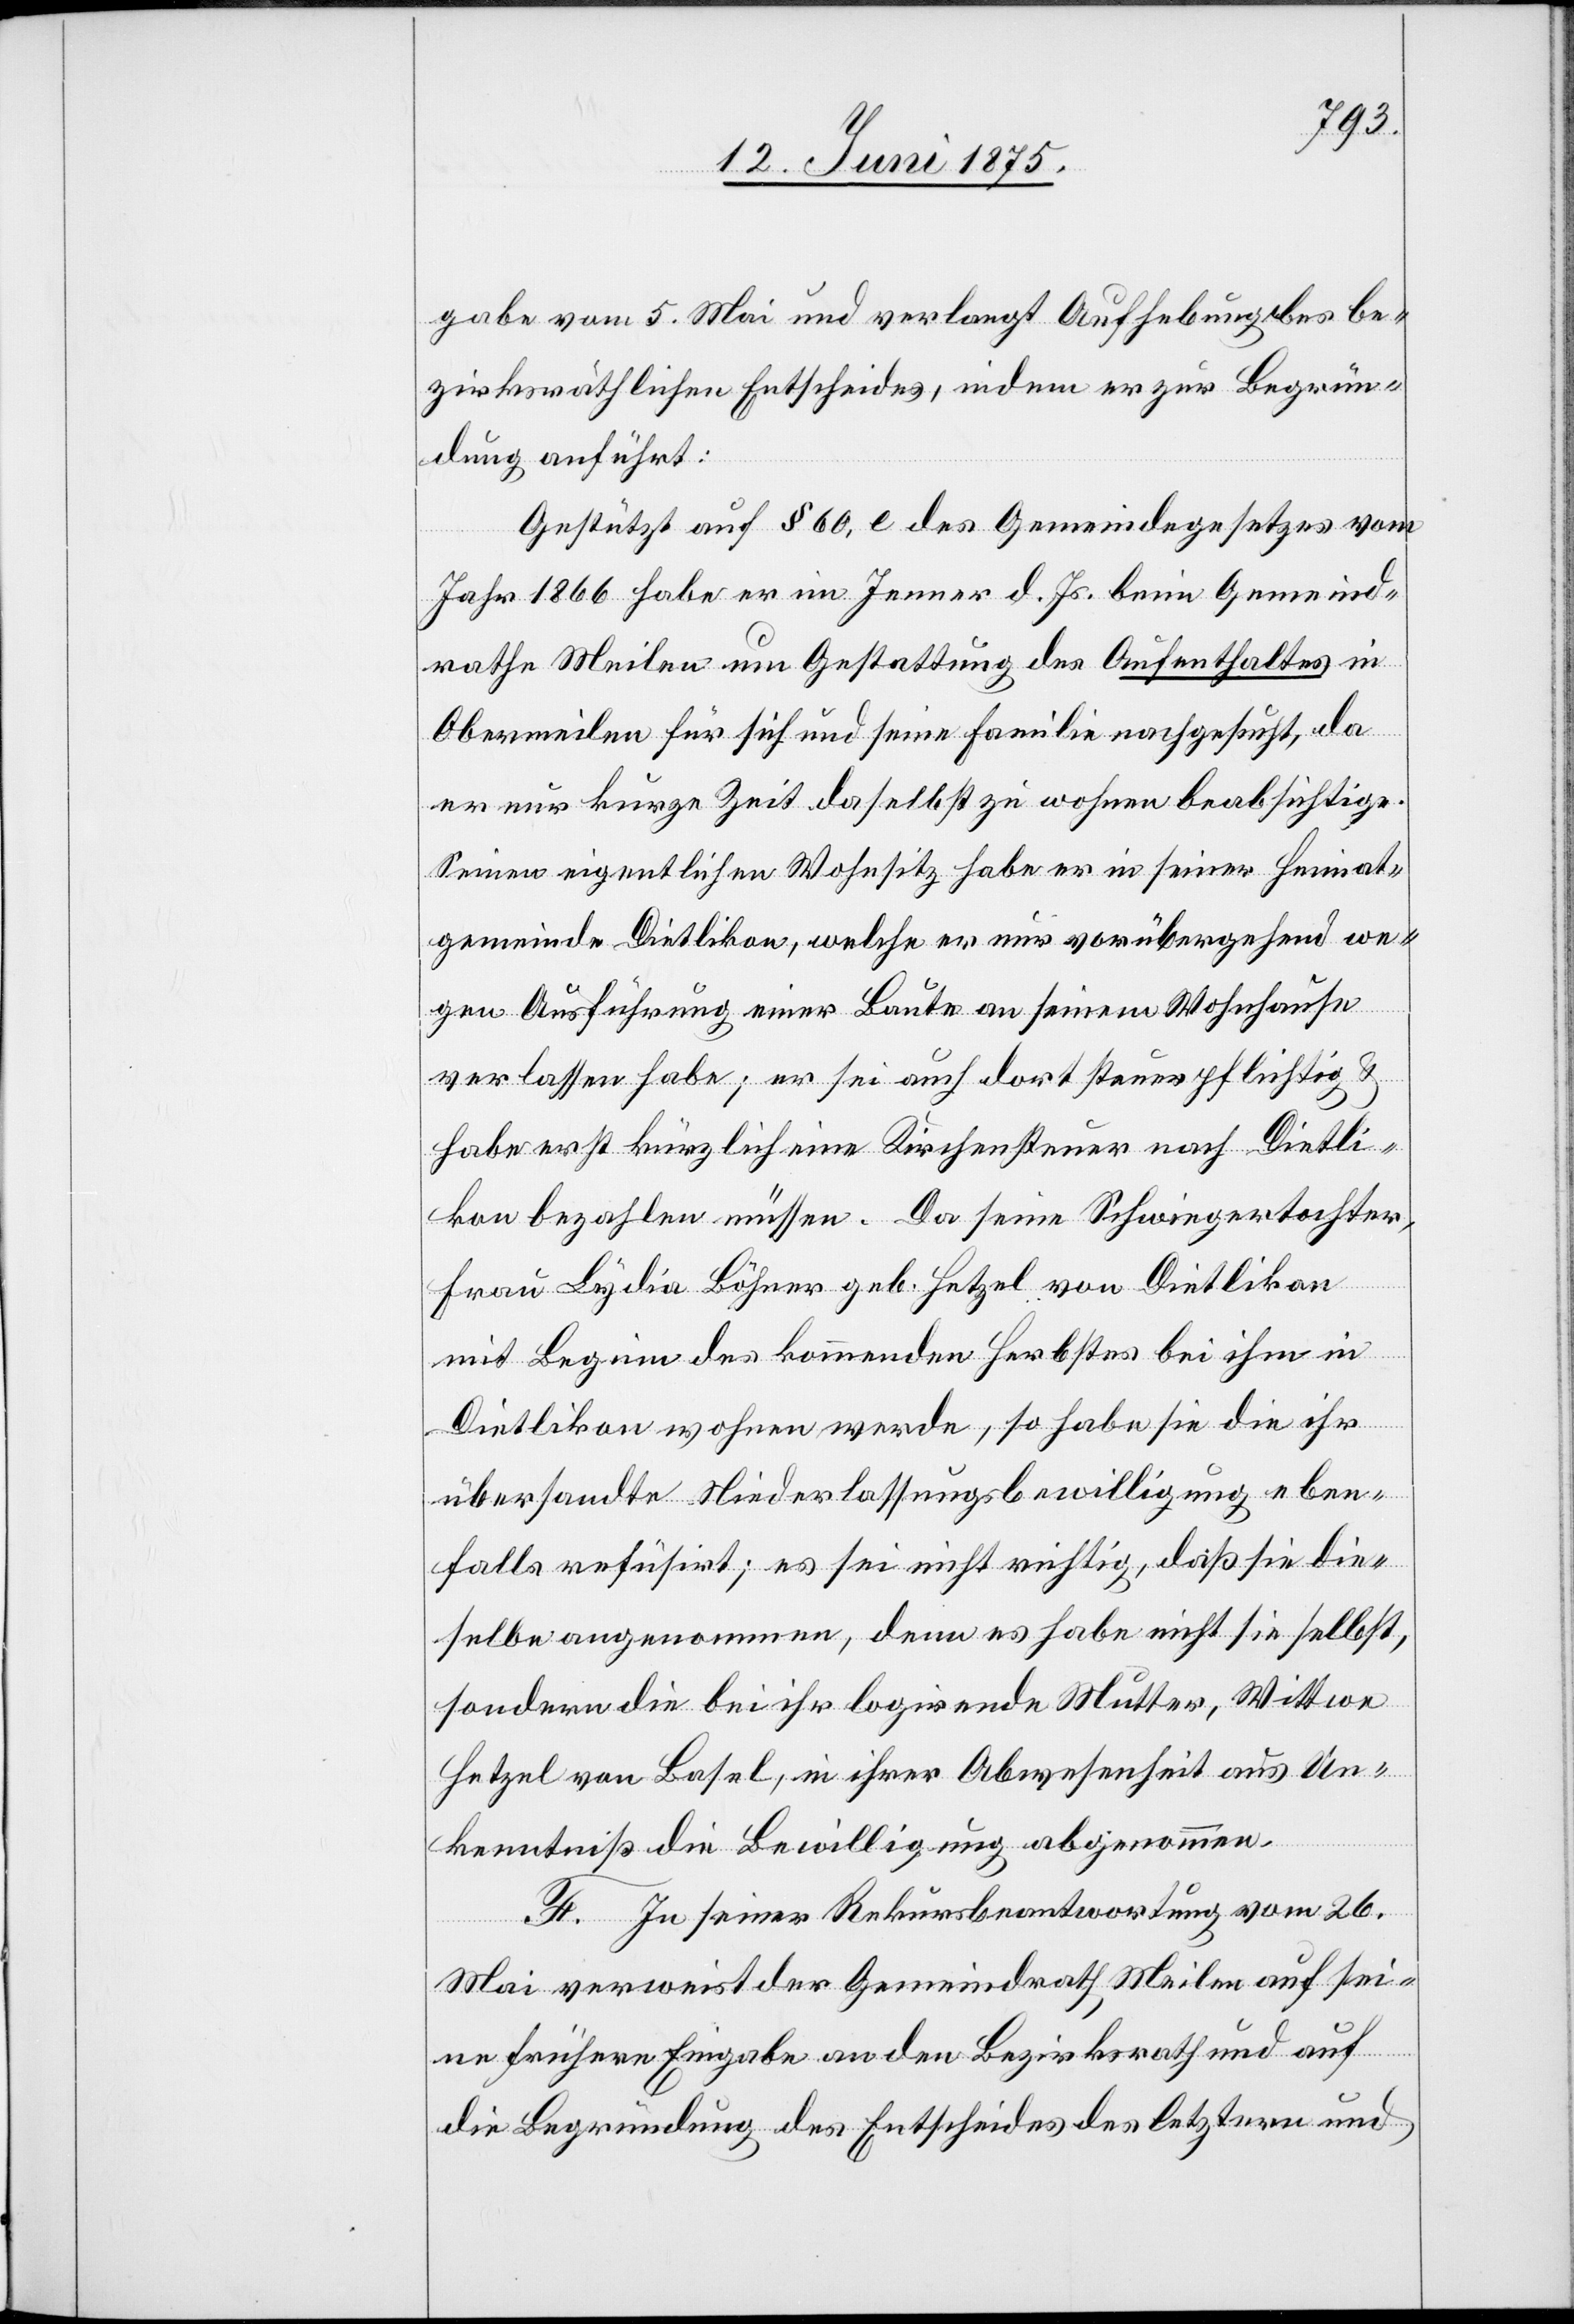
gabe vom 5. Mai und verlangt Aufhebung des be¬
zirksräthlichen Entscheides, indem er zur Begrün¬
dung anführt:
Gestützt auf § 60, e des Gemeindegesetzes vom
Jahr 1866 habe er im Jenner d. Js. beim Gemeind¬
rathe Meilen um Gestattung des Aufenthaltes in
Obermeilen für sich und seine Familie nachgesucht, da
er nur kurze Zeit daselbst zu wohnen beabsichtige.
Seinen eigentlichen Wohnsitz habe er in seiner Heimat¬
gemeinde Dietlikon, welche er nur vorübergehend we¬
gen Ausführung eine Baute an seinem Wohnhause
verlassen habe; er sei auch dort steuerpflichtig &
habe erst kürzlich eine Kirchensteuer nach Dietli¬
kon bezahlen müssen. Da seine Schwiegertochter,
Frau Lydia Böhner geb. Hetzel von Dietlikon
mit Beginn des kommenden Herbstes bei ihm in
Dietlikon wohnen werde, so habe sie die ihr
übersandte Niederlassungsbewilligung eben¬
falls refüsirt; es sei nicht richtig; daß sie die¬
selbe angenommen, denn es habe nicht sie selbst,
sondern die bei ihr logirende Mutter, Wittwe
Hetzel von Basel, in ihrer Abwesenheit, aus Un¬
kenntniß die Bewilligung abgenommen.
F. In seiner Rekursbeantwortung vom 26.
Mai verweist der Gemeindrath Meilen auf sei¬
ne frühere Eingabe an den Bezirksrath und auf
die Begründung des Entscheides des letztern und